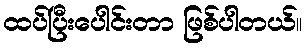
ထပ်ပြီးပေါင်းတာ ဖြစ်ပါတယ်။